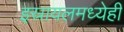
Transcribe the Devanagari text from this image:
इस्रायलमध्येही